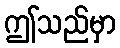
ဤသည်မှာ